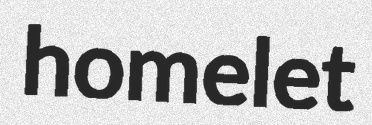
homelet